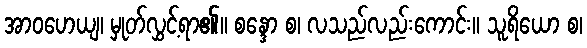
အာဝဟေယျ၊ မှုတ်လွှင့်ရာ၏။ စန္ဒော စ၊ လသည်လည်းကောင်း။ သူရိယော စ၊